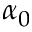
\alpha _ { 0 }